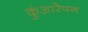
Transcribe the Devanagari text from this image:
कुंआरेपन